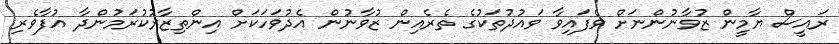
ރައީސް ޔާމީން ޒުވާނުންނަށް ވެފައިވާ ވައުދުތަކުގެ ތެރެއިން ޒުވާނުން އެދުވަހަކަށް އިންތިޒާރުކުރަމުންދާ އުފާވެރި